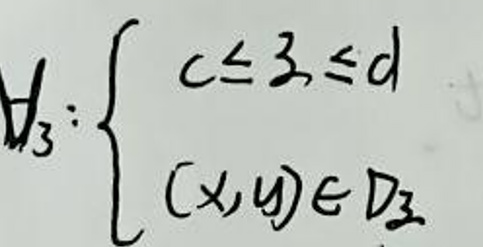
$\forall_3:\left\{\begin{array}{l}c\leq 3\leq d\\(x,y)\in D_3\end{array}\right.$